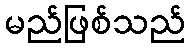
မည်ဖြစ်သည်